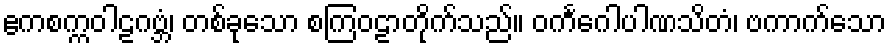
ဧကစက္ကဝါဠဂဗ္ဘံ၊ တစ်ခုသော စကြဝဠာတိုက်သည်။ ဝင်္ကဂေါပါဏသိတံ၊ ဗကာက်သော